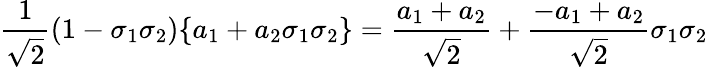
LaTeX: {\frac{1}{\sqrt{2}}}(1-\sigma_{1}\sigma_{2})\{ a_{1}+a_{2}\sigma_{1}\sigma_{2}\} ={\frac{a_{1}+a_{2}}{\sqrt{2}}}+{\frac{-a_{1}+a_{2}}{\sqrt{2}}}\sigma_{1}\sigma_{2}